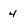
Character: 4